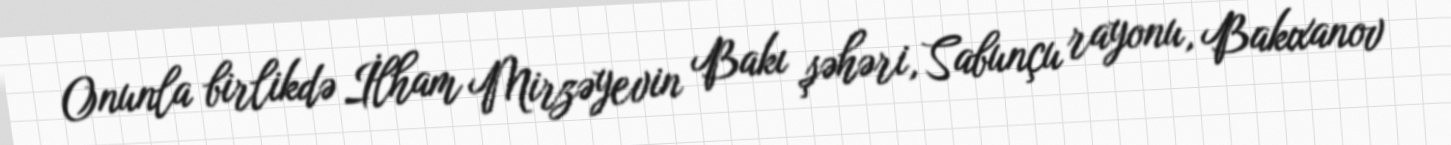
Onunla birlikdə İlham Mirzəyevin Bakı şəhəri, Sabunçu rayonu, Bakıxanov